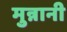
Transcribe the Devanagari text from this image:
मुन्नानी